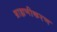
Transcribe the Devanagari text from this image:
ब्राह्मणीकरण